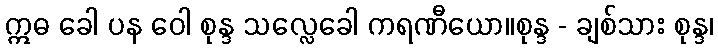
ဣဓ ခေါ ပန ဝေါ စုန္ဒ သလ္လေခေါ ကရဏီယော။စုန္ဒ - ချစ်သား စုန္ဒ၊